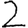
Digit: 2